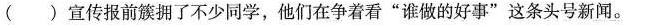
( )宣传报前簇拥了不少同学，他们在争着看”谁做的好事”这条头号新闻。